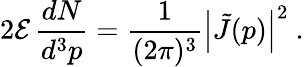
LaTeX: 2\mathcal{E}\, \frac{{dN}}{{d^{3}p}}=\frac{{1}}{{(2\pi)^{3}}}\left|\tilde{{J}}(p)\right|^{2}\ .